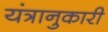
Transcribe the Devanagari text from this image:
यंत्रानुकारी